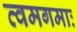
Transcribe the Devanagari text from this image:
त्वमगमाः